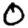
Digit: 0